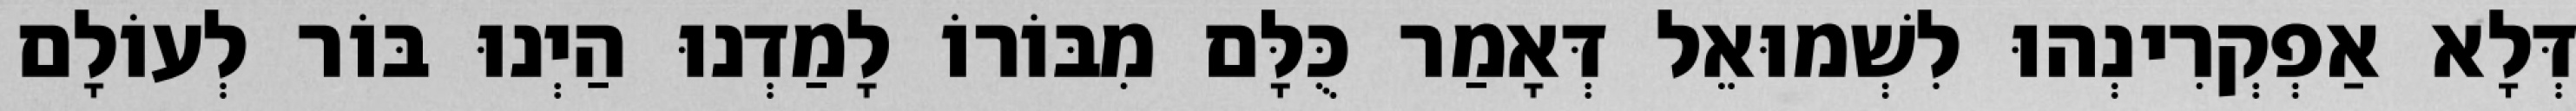
דְּלָא אַפְקְרִינְהוּ לִשְׁמוּאֵל דְּאָמַר כֻּלָּם מִבּוֹרוֹ לָמַדְנוּ הַיְנוּ בּוֹר לְעוֹלָם